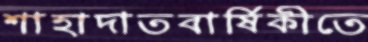
শাহাদাতবার্ষিকীতে